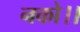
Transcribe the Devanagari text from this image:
नको।।